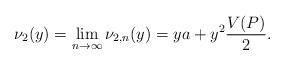
LaTeX: \begin{align*}\nu_{2}(y)=\lim_{n\to\infty}\nu_{2,n}(y)= y a+ y^2 \frac{ V(P)}{2}.\end{align*}